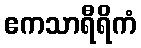
ဧကသာရီရိကံ